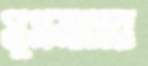
সুসমাচার